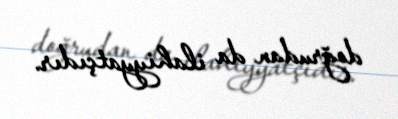
doğrudan da ilahiyyatçıdır.